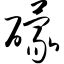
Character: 礞